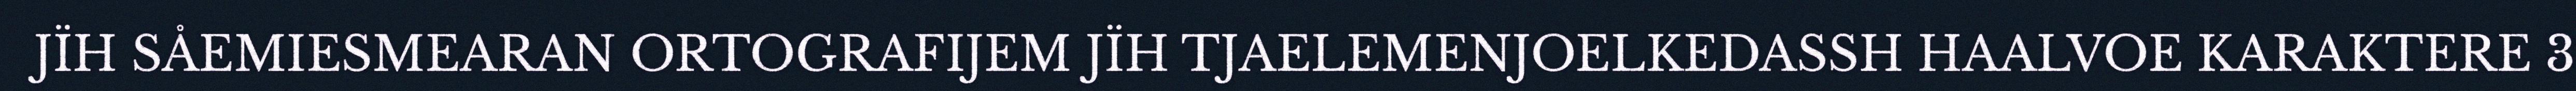
JÏH SÅEMIESMEARAN ORTOGRAFIJEM JÏH TJAELEMENJOELKEDASSH HAALVOE KARAKTERE 3